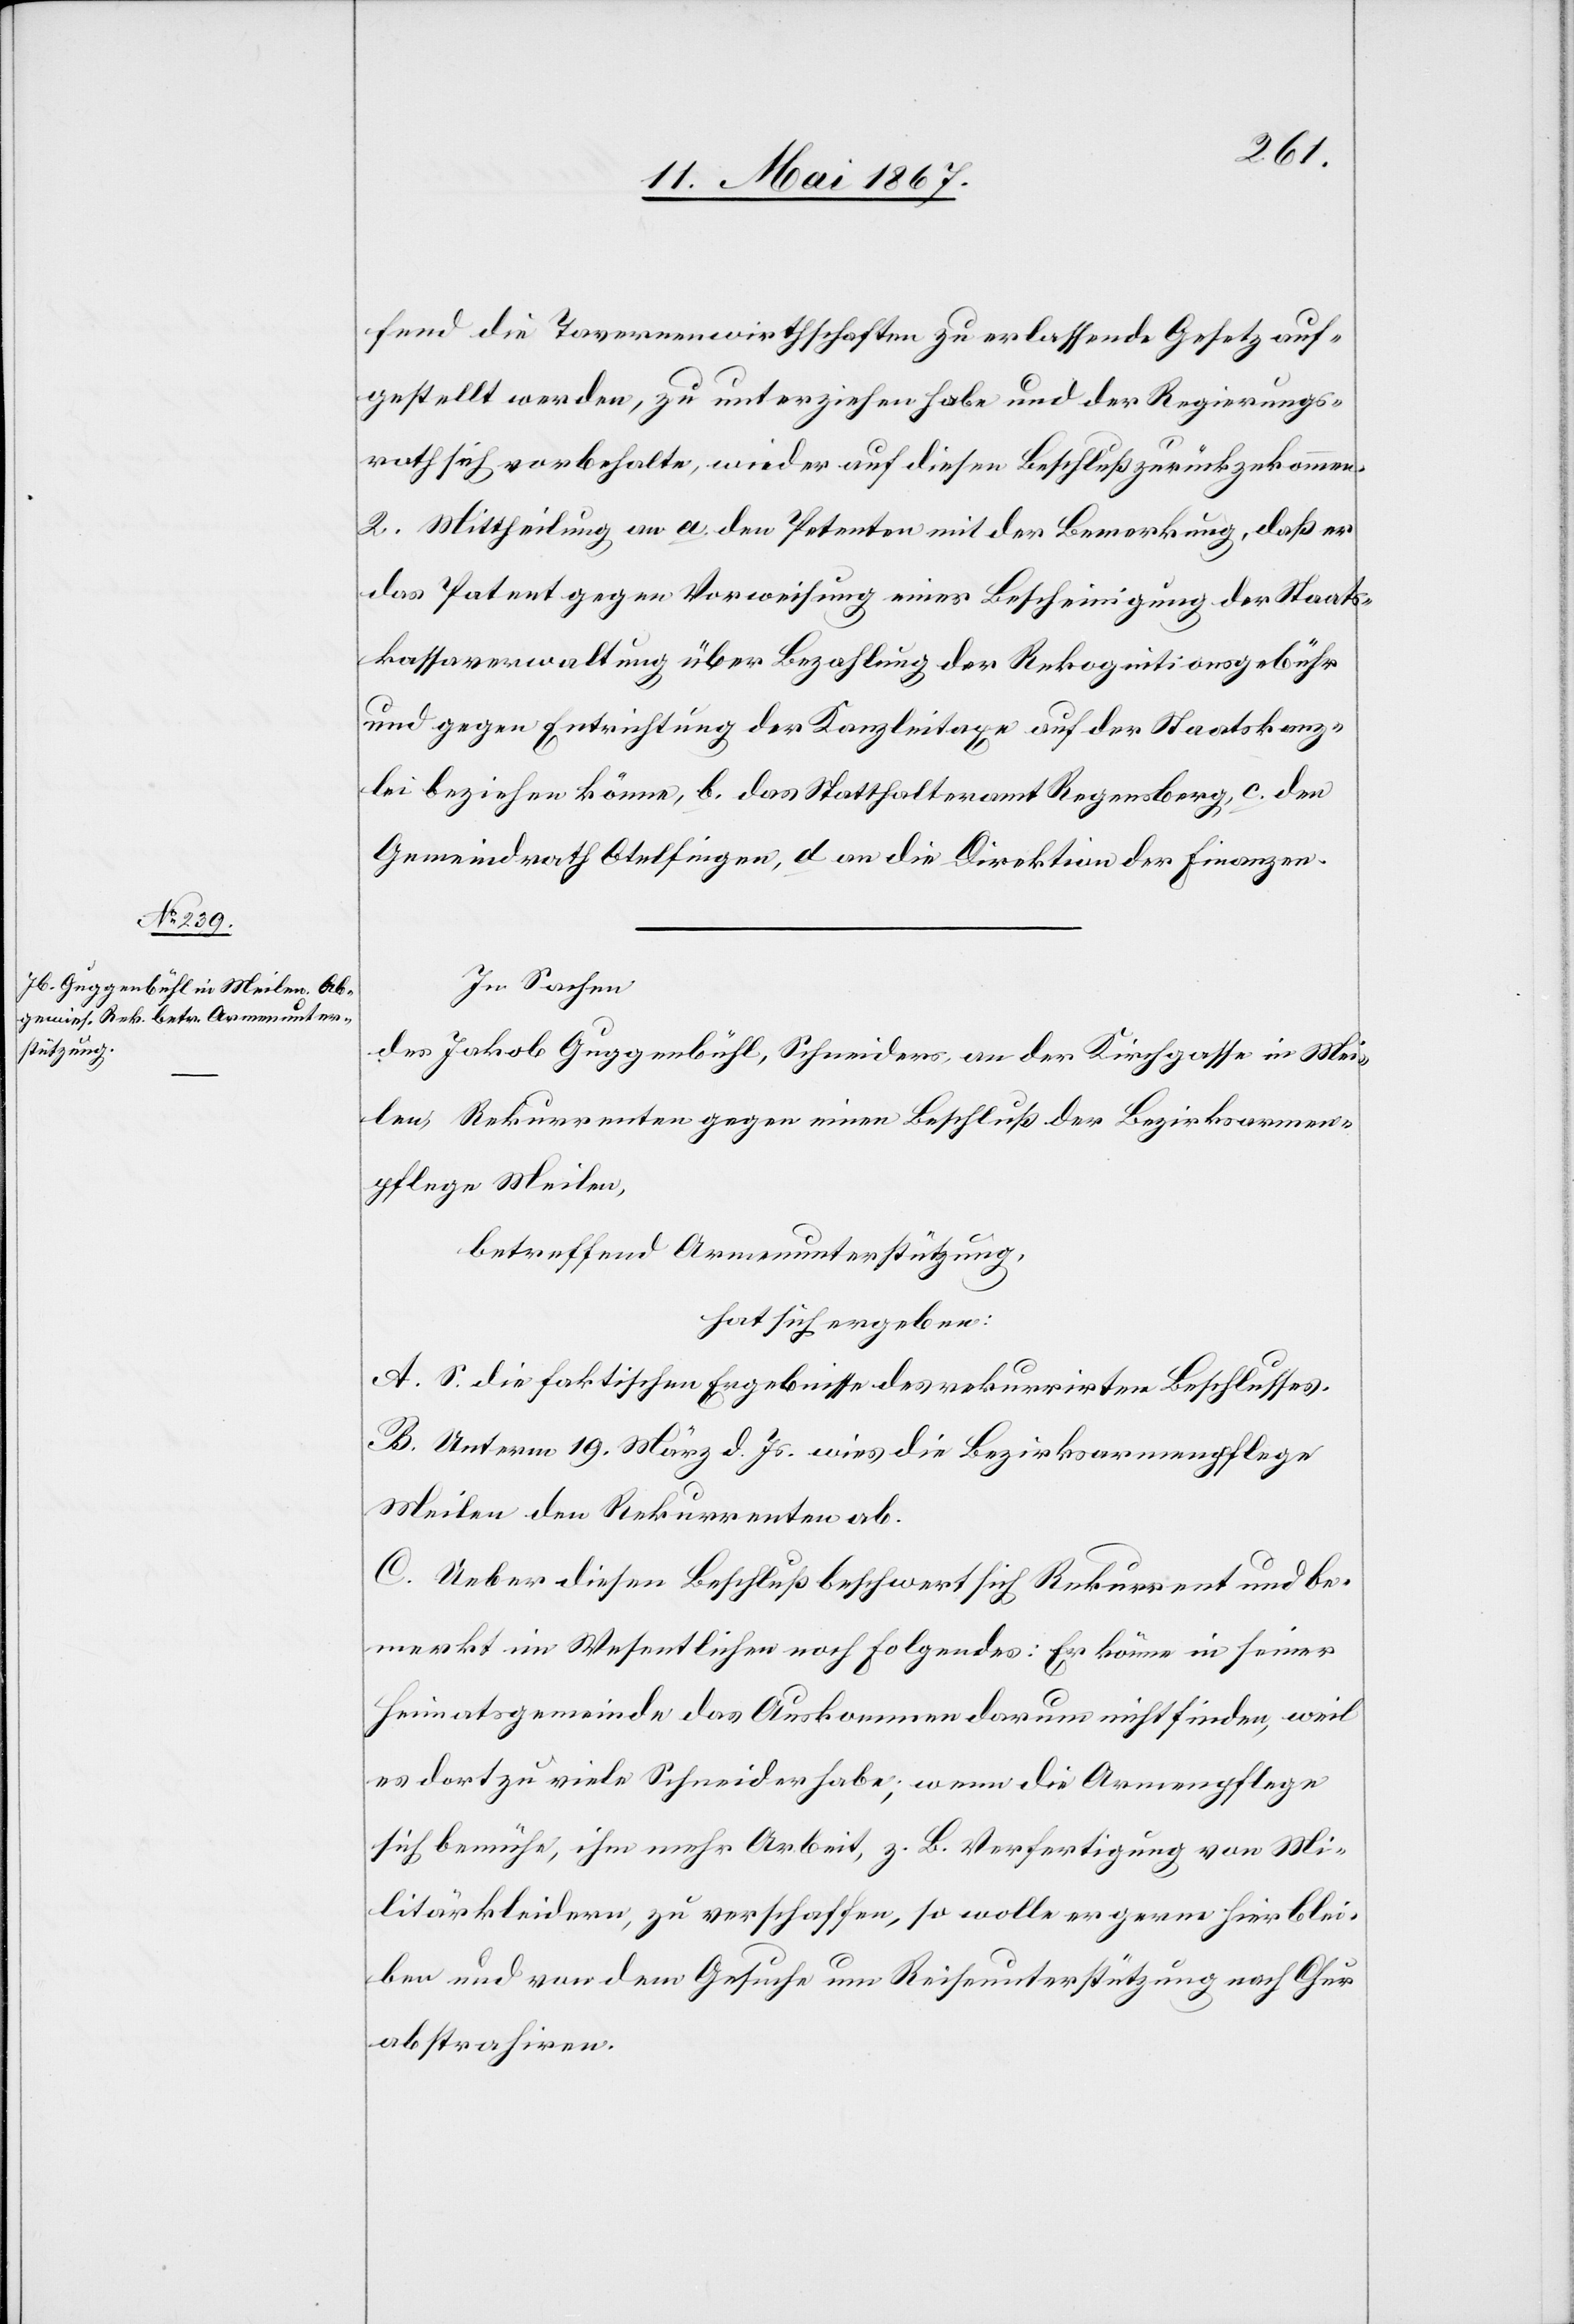
fend die Tavernenwirthschaften zu erlassende Gesetz auf¬
gestellt werden, zu unterziehen habe und der Regierungs¬
rath sich vorbehalte, wieder auf diesen Beschluß zurückzukommen.
2. Mittheilung an a. den Petenten mit der Bemerkung, daß er
das Patent gegen Vorweisung einer Bescheinigung der Staats¬
kassaverwaltung über Bezahlung der Rekognitionsgebühr
und gegen Entrichtung der Kanzleitaxe auf der Staatskanz¬
lei beziehen könne, b. das Statthalteramt Regensberg, c. den
Gemeindrath Otelfingen, d. an die Direktion der Finanzen.
In Sachen
des Jakob Guggenbühl, Schneiders, an der Kirchgasse in Mei¬
len, Rekurrenten gegen einen Beschluß der Bezirksarmen¬
pflege Meilen,
betreffend Armenunterstützung,
hat sich ergeben:
A. S. die faktischen Ergebnisse des rekurrirten Beschlusses.
B. Unterm 19. März d. Js. wies die Bezirksarmenpflege
Meilen den Rekurrenten ab.
C. Ueber diesen Beschluß beschwert sich Rekurrent und be¬
merkt im Wesentlichen noch folgendes: Er könne in seiner
Heimatsgemeinde das Auskommen darum nicht finden, weil
es dort zu viele Schneider habe; wenn die Armenpflege
sich bemühe, ihm mehr Arbeit, z. B. Vorfertigung von Mi¬
litärkleidern, zu verschaffen, so wolle er gerne hier blei¬
ben und von dem Gesuche um Reiseunterstützung nach Chur
abstrahiren.